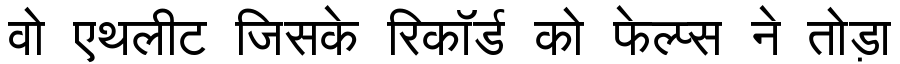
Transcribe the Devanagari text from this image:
वो एथलीट जिसके रिकॉर्ड को फेल्प्स ने तोड़ा